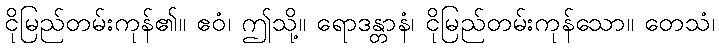
ငိုမြည်တမ်းကုန်၏။ ဧဝံ၊ ဤသို့။ ရောဒန္တာနံ၊ ငိုမြည်တမ်းကုန်သော။ တေသံ၊